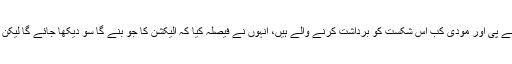
بھلا دہشت گرد اور انتہا پسند بی جے پی اور مودی کب اس شکست کو برداشت کرنے والے ہیں، انہوں نے فیصلہ کیا کہ الیکشن کا جو بنے گا سو دیکھا جائے گا لیکن پاکستان کو ضرور جواب دینا ہے۔